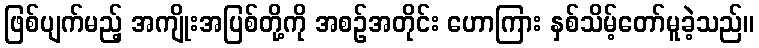
ဖြစ်ပျက်မည့် အကျိုးအပြစ်တို့ကို အစဉ်အတိုင်း ဟောကြား နှစ်သိမ့်တော်မူခဲ့သည်။